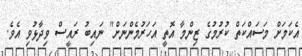
އެކަމަށް މަސައްކަތް ކުރުމުގެ ޒިންމާ އޮތީ އަހަރުމެންނަށް" ނައިބު ރައީސް ވިދާޅުވި އެވެ.